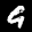
Label: 9